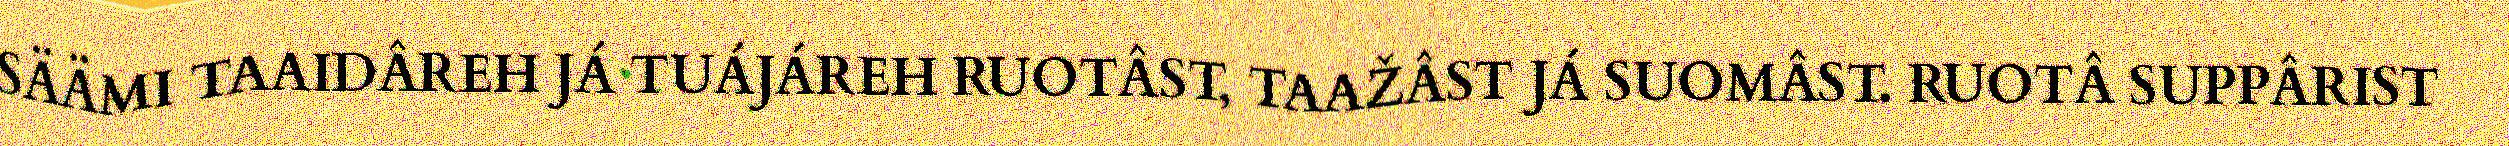
SÄÄMI TAAIDÂREH JÁ TUÁJÁREH RUOTÂST, TAAŽÂST JÁ SUOMÂST. RUOTÂ SUPPÂRIST